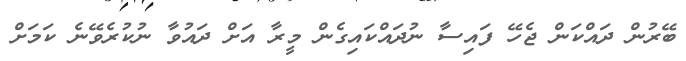
ބޭރުން ދައްކަން ޖެހޭ ފައިސާ ނުދައްކައިގެން މީރާ އަށް ދައުވާ ނުކުރެވޭނެ ކަމަށް